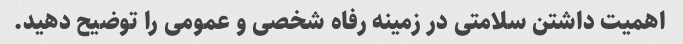
اهمیت داشتن سلامتی در زمینه رفاه شخصی و عمومی را توضیح دهید.